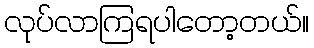
လုပ်လာကြရပါတော့တယ်။